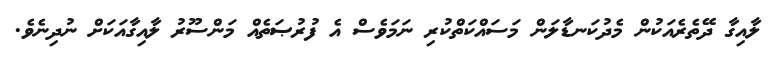
ލާއިގާ ދޭތެރެއަކުން މެދުކަނޑާލަން މަސައްކަތްކުރި ނަމަވެސް އެ ފުރުޞަތެއް މަންސޫރު ލާއިގާއަކަށް ނުދިނެވެ.